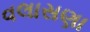
વલાસણા